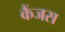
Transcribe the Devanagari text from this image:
कैंजस